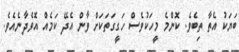
ބަޔަކު އެތާ ތިބެވެ. ކޮންމެ މީހަކުވެސް ހަގީގަތަކަށް ވާން އެދޭ ކަމެއް އޮވެދާނެއެވެ.